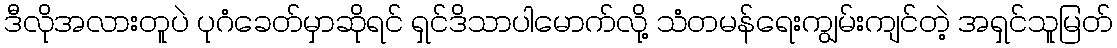
ဒီလိုအလားတူပဲ ပုဂံခေတ်မှာဆိုရင် ရှင်ဒိသာပါမောက်လို့ သံတမန်ရေးကျွမ်းကျင်တဲ့ အရှင်သူမြတ်